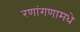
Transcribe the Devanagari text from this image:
रणांगणामधे